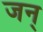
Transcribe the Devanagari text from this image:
जन्‌